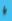
يا